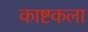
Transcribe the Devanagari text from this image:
काष्टकला